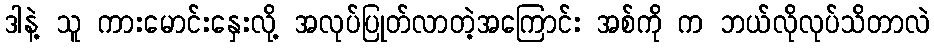
ဒါနဲ့ သူ ကားမောင်းနှေးလို့ အလုပ်ပြုတ်လာတဲ့အကြောင်း အစ်ကို က ဘယ်လိုလုပ်သိတာလဲ